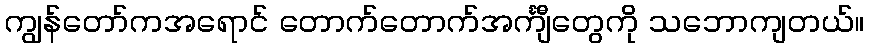
ကျွန်တော်ကအရောင် တောက်တောက်အင်္ကျီတွေကို သဘောကျတယ်။